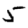
Digit: 5